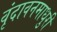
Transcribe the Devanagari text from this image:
वृंदावनमाधुरी